Source: Handwritten
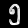
Digit: ၅ (5)